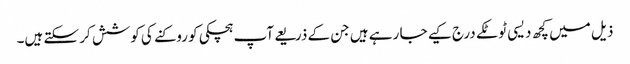
ذیل میں کچھ دیسی ٹوٹکے درج کیے جا رہے ہیں جن کے ذریعے آپ ہچکی کو روکنے کی کوشش کر سکتے ہیں۔